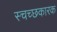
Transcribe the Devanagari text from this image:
स्चच्छकारक